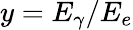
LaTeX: y=E_{\gamma}/E_{e}